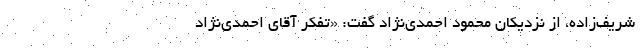
شریف‌زاده، از نزدیکان محمود احمدی‌نژاد گفت: «تفکر آقای احمدی‌نژاد